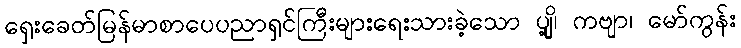
ရှေးခေတ်မြန်မာစာပေပညာရှင်ကြီးများရေးသားခဲ့သော ပျို့၊ ကဗျာ၊ မော်ကွန်း